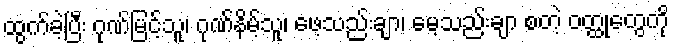
ထွက်ခဲ့ပြီး ဂုဏ်မြင့်သူ၊ ဂုဏ်နိမ့်သူ၊ ဖေ့သည်းချာ၊ မေ့သည်းချာ စတဲ့ ဝတ္ထုတွေကို